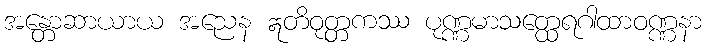
အန္တောဆာယာယ အညေန ဣတိဝုတ္တကဿ ပုဏ္ဏမာသတ္ထေရဂါထာဝဏ္ဏနာ